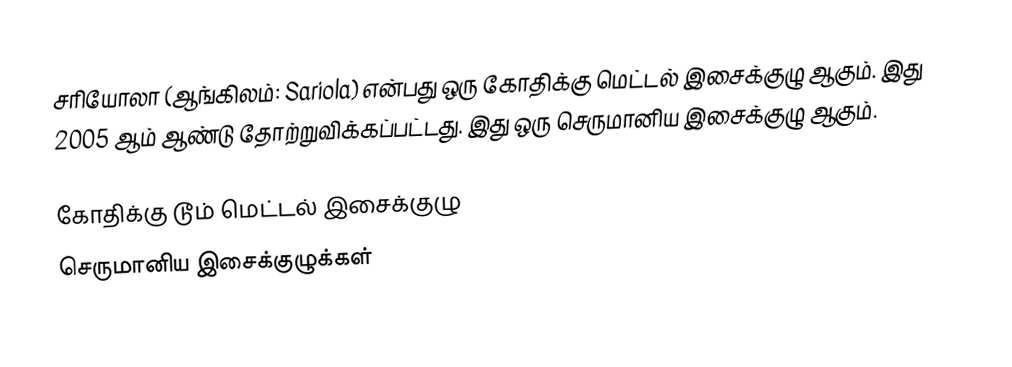
சரியோலா (ஆங்கிலம்: Sariola) என்பது ஒரு கோதிக்கு மெட்டல் இசைக்குழு ஆகும். இது 2005 ஆம் ஆண்டு தோற்றுவிக்கப்பட்டது. இது ஒரு செருமானிய இசைக்குழு ஆகும்.

கோதிக்கு டூம் மெட்டல் இசைக்குழு
செருமானிய இசைக்குழுக்கள்